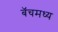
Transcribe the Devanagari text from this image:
बॅचमध्य